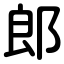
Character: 郎